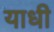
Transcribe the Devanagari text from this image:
याधी